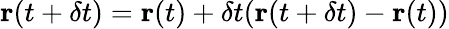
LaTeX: \textbf{r}(t+\delta t)=\textbf{r}(t)+\delta t(\textbf{r}(t+\delta t)-\textbf{r}(t))